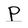
Character: p